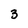
Character: 3